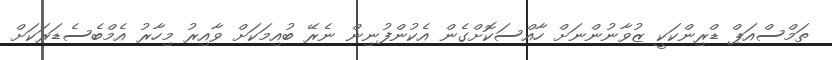
ތަމްސްއަޕް ޑްރިންކަކީ ޒުވާނުންނަށް ހާއްސަކޮށްގެން އެކުންފުނިން ނެރޭ ބުއިމަކަށް ވާއިރު މިހާރު އެމްބެސެޑަރަކަށް